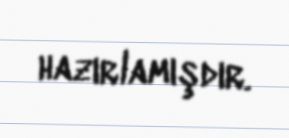
hazırlamışdır.